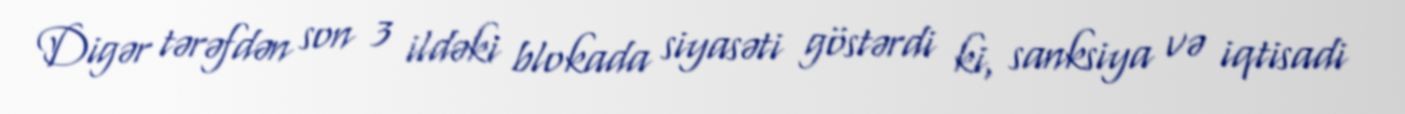
Digər tərəfdən son 3 ildəki blokada siyasəti göstərdi ki, sanksiya və iqtisadi